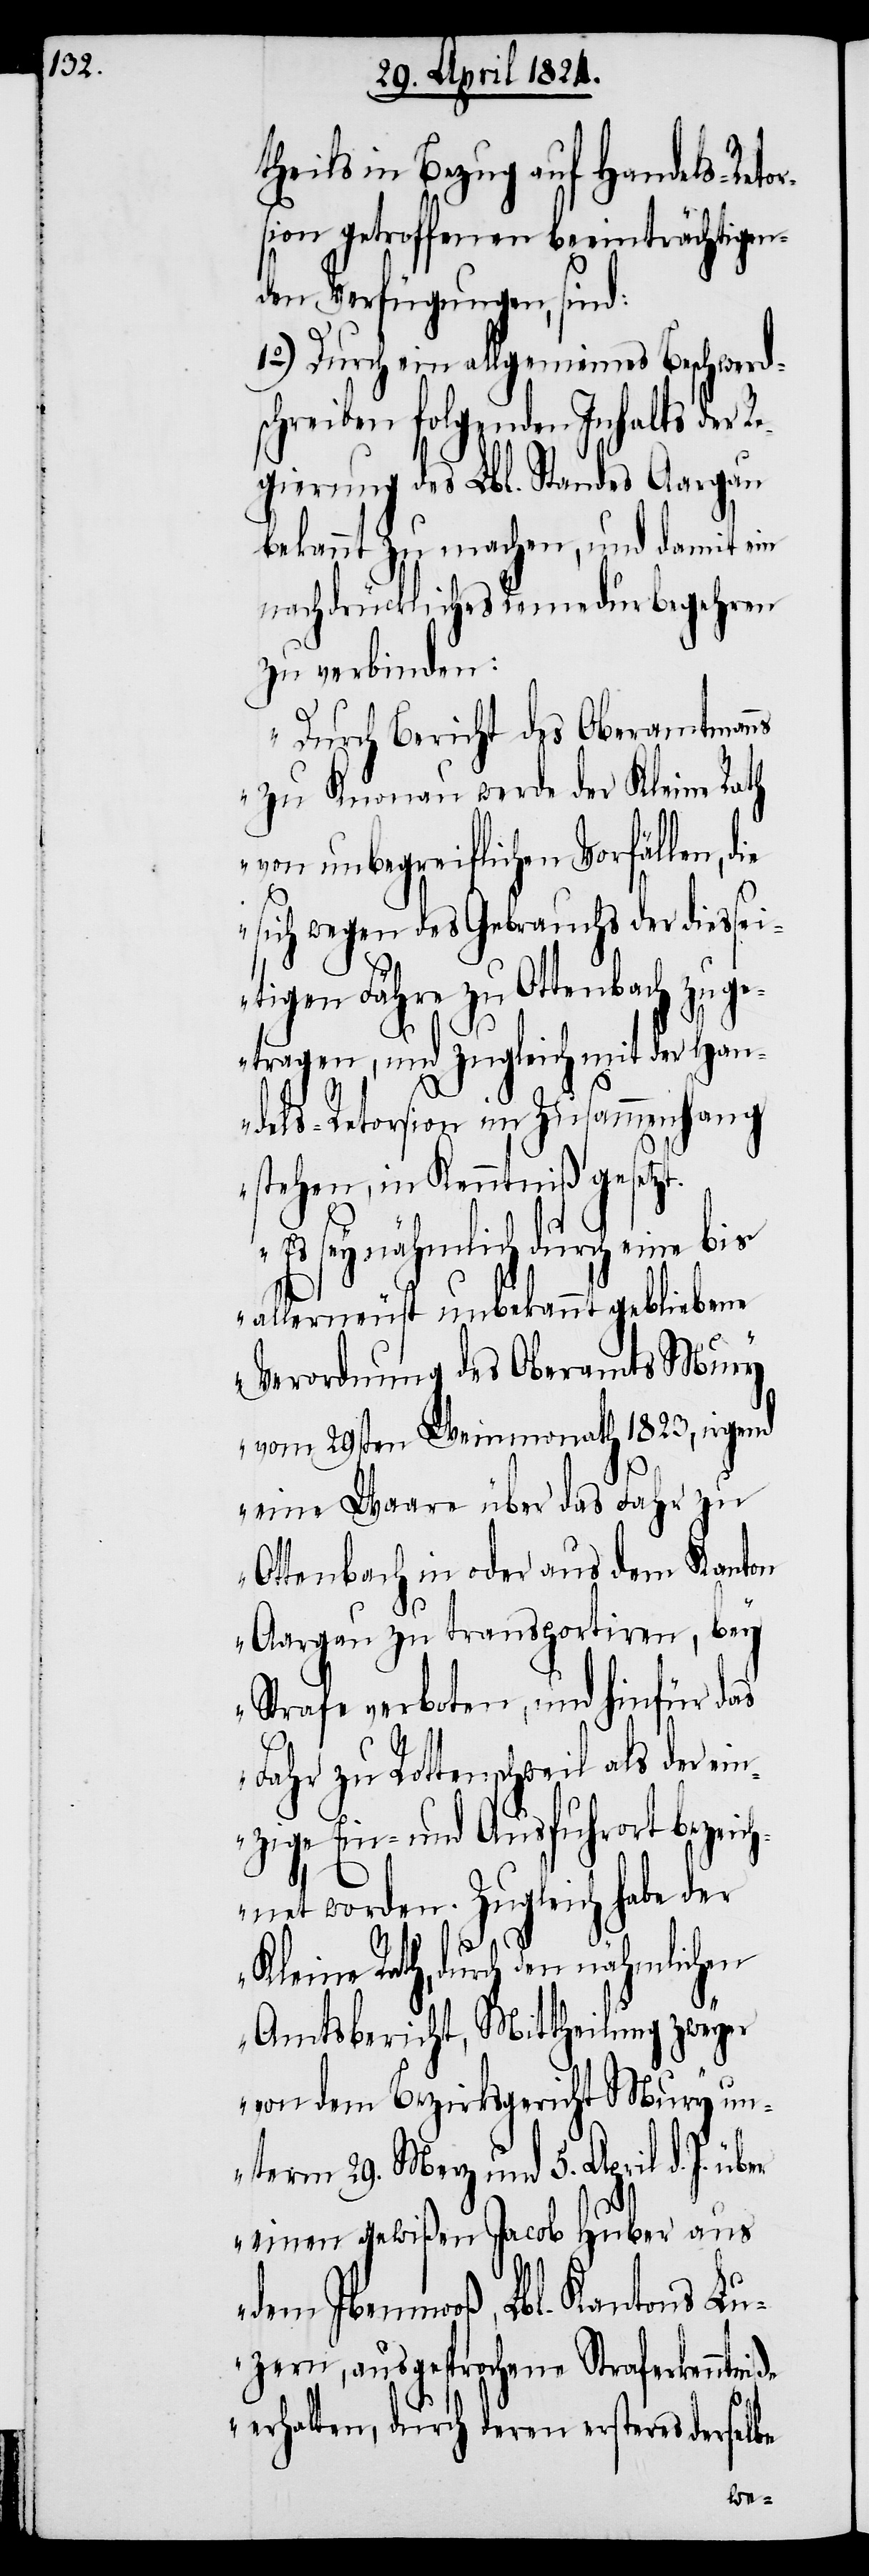
theils in Bezug auf Handels-Retor¬
sion getroffenen beeinträchtigen¬
den Verfügungen, sind:
1.) Durch ein allgemeines Beschwerd¬
schreiben folgenden Inhalts der R¬
egierung des Lbl. Standes Aargau
bekannt zu machen, und damit ein
nachdrückliches Remedurbegehren
zu verbinden:
„Durch Bericht des Oberamtmanns
zu Knonau werde der Kleine Rath
von unbegreiflichen Vorfällen,
sich wegen des Gebrauchs der diessei¬
tigen Fähre zu Ottenbach zu g¬
etragen, und zugleich mit der Han¬
t.
dels-Retorsion im Zusammenhang
stehen, in Kenntniß gesetz¬
Es sey nähmlich durch eine bis
allerneust unbekannt gebliebene
Verordnung des Oberamtes Mury
vom 29sten Weinmonath 1823, irgend
eine Waare über das Fahr zu
Ottenbach in oder aus dem Kanton
Aargau zu transportiren, bey
Strafe verboten, und hiefür das
Fahr zu Rottenschweil als der ein¬
zige Ein- und Ausfuhrort bezeic¬
hnet worden. Zugleich habe der
er
Kleine Rath, durch den nähmlichen
Amtsbericht, Mittheilung zweyer
von dem Bezirksgericht Mury u¬
nterm 29. Merz und 5. April d. J. üb¬
einen gewißen Jacob Huber aus
Ibenmooß, Lbl. Kantons Lu¬
zern, ausgesprochene Strafkenntniße
erhalten, durch deren ersteres derselbe